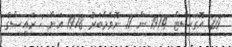
20 އޮގަސްޓް 1974 ން 11 ނޮވެމްބަރު 1978 އަށް : ރައީސްގެ